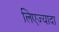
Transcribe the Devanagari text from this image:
लिएज्यादा